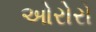
ઓરોરો